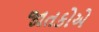
જાતકોએ